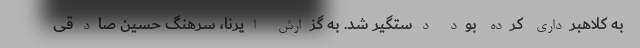
به کلاهبرداری کرده بود دستگیر شد. به گزارش ایرنا، سرهنگ حسین صادقی